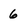
Character: 6